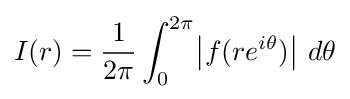
I(r)={\frac {1}{2\pi }}\int _{0}^{2\pi }\!\left|f(re^{i\theta })\right|\,d\theta